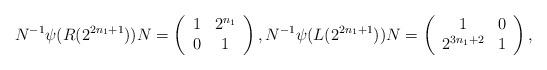
LaTeX: \begin{align*}N^{-1}\psi(R(2^{2n_1+1}))N = \left(\begin{array}{cc} 1 & 2^{n_1} \\ 0 & 1 \\\end{array}\right), N^{-1}\psi(L(2^{2n_1+1}))N = \left(\begin{array}{cc} 1 & 0 \\ 2^{3 n_1+2} & 1 \\\end{array}\right),\end{align*}